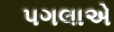
પગલાએ